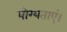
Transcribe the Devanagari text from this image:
योग्यताएं।